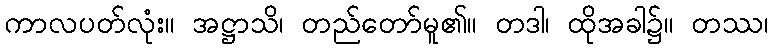
ကာလပတ်လုံး။ အဋ္ဌာသိ၊ တည်တော်မူ၏။ တဒါ၊ ထိုအခါ၌။ တဿ၊